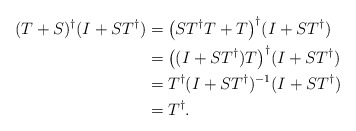
\begin{align*}(T+S)^{\dagger}(I+ST^{\dagger})&=\big(ST^{\dagger}T+T\big)^{\dagger}(I+ST^{\dagger})\\ &=\big((I+ST^{\dagger})T\big)^{\dagger}(I+ST^{\dagger})\\ &=T^{\dagger}(I+ST^{\dagger})^{-1}(I+ST^{\dagger})\\ &=T^{\dagger}.\end{align*}